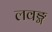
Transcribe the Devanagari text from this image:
लवङ्ग